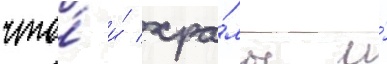
что́ и́ хра́мы и́